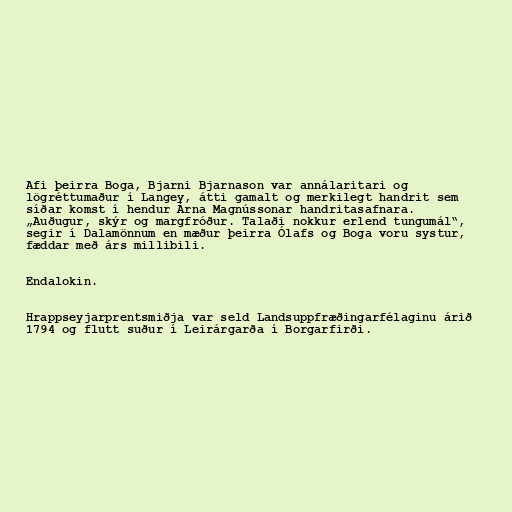
Afi þeirra Boga, Bjarni Bjarnason var annálaritari og
lögréttumaður í Langey, átti gamalt og merkilegt handrit sem
síðar komst í hendur Árna Magnússonar handritasafnara.
„Auðugur, skýr og margfróður. Talaði nokkur erlend tungumál“,
segir í Dalamönnum en mæður þeirra Ólafs og Boga voru systur,
fæddar með árs millibili.

Endalokin.

Hrappseyjarprentsmiðja var seld Landsuppfræðingarfélaginu árið
1794 og flutt suður í Leirárgarða í Borgarfirði.